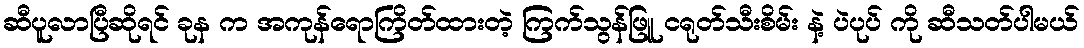
ဆီပူလာပြီဆိုရင် ခုန က အကုန်ရောကြိတ်ထားတဲ့ ကြက်သွန်ဖြူ ငရုတ်သီးစိမ်း နဲ့ ပဲပုပ် ကို ဆီသတ်ပါမယ်